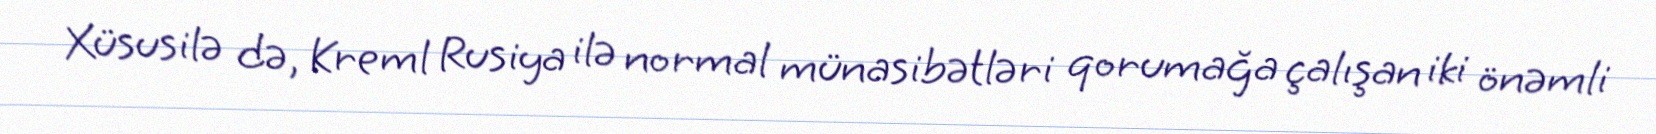
Xüsusilə də, Kreml Rusiya ilə normal münasibətləri qorumağa çalışan iki önəmli